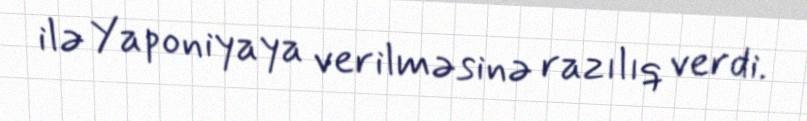
ilə Yaponiyaya verilməsinə razılıq verdi.